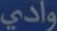
وادي